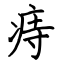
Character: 痔